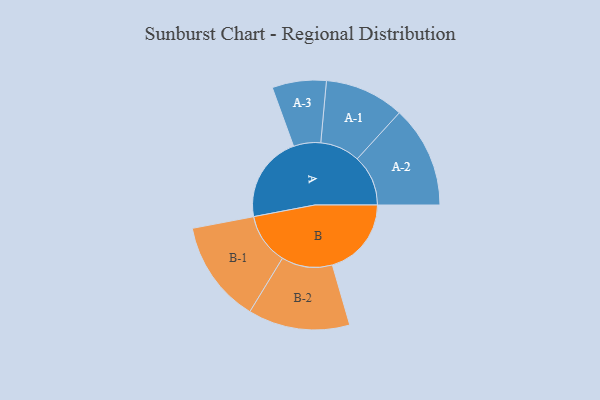
{"axis": {"x": "Segment", "y": "Value"}, "legend": ["", "A", "B"], "data": [{"x": "A", "y": 326, "type": ""}, {"x": "B", "y": 298, "type": ""}, {"x": "A-1", "y": 150, "type": "A"}, {"x": "A-2", "y": 192, "type": "A"}, {"x": "A-3", "y": 102, "type": "A"}, {"x": "B-1", "y": 193, "type": "B"}, {"x": "B-2", "y": 192, "type": "B"}]}